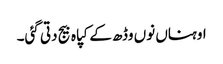
اوہناں نوں وڈھ کے کپاہ بیج دتی گئی۔